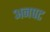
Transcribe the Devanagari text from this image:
अनपट